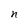
Character: n